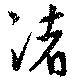
渚